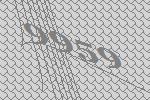
9959